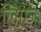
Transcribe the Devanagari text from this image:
लिएंज़